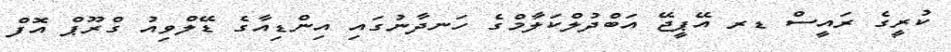
ކުރީގެ ރައީސް ޑރ އޭޕީޖޭ އަބްދުލްކަލާމްގެ ހަނދާނުގައި އިންޑިއާގެ ޑޭލްވިއު ގްރޫޕް އޮފް